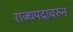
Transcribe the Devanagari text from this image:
राज्यपदावरुन